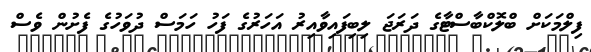
ފިލްމަކަށް ބްލޮކްބާސްޓާގެ ދަރަޖަ ލިިބިފައިވާއިރު އަހަރުގެ ފަހު ހަމަސް ދުވަހުގެ ފެށުން ވެސް